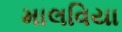
માલવિયા